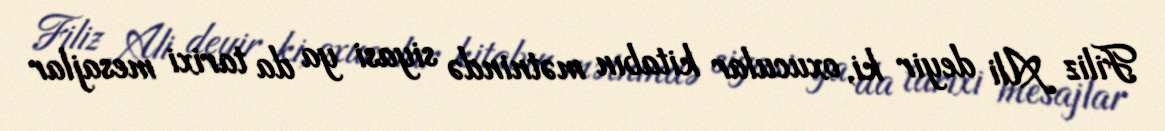
Filiz Ali deyir ki, oxucular kitabın mətnində siyasi ya da tarixi mesajlar